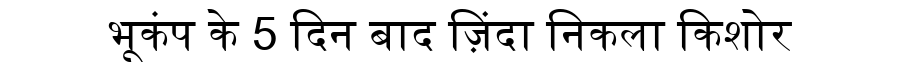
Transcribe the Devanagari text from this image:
भूकंप के 5 दिन बाद ज़िंदा निकला किशोर